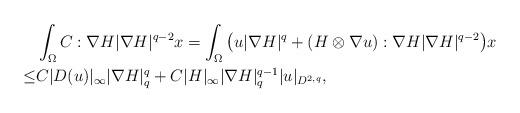
LaTeX: \begin{align*}&\int_{\Omega} C: \nabla H|\nabla H|^{q-2} x=\int_{\Omega} \big(u|\nabla H|^q+(H\otimes \nabla u) :\nabla H|\nabla H|^{q-2}\big) x\\\leq& C|D(u)|_\infty |\nabla H|^q_q+C|H|_\infty|\nabla H|^{q-1}_q |u|_{D^{2,q}},\end{align*}